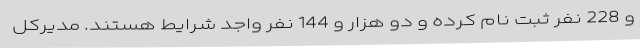
و 228 نفر ثبت نام کرده و دو هزار و 144 نفر واجد شرایط هستند. مدیرکل